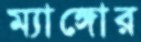
ম্যাঙ্গোর